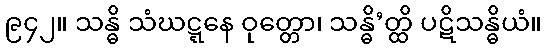
၉၄၂။ သန္ဓိ သံဃဋ္ဋနေ ဝုတ္တော၊ သန္ဓိ’တ္ထိ ပဋိသန္ဓိယံ။